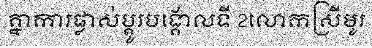
គ្នាការផ្លាស់ប្តូរបង្គោលទី 2លោកស្រីមូរ